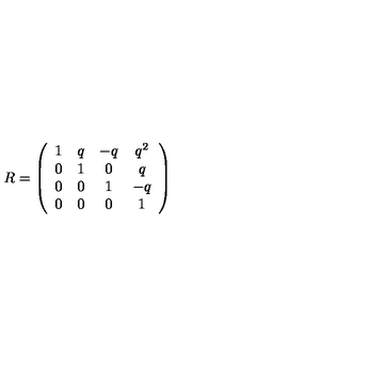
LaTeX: R = \left( \begin{array} { c c c c } { 1 } & { q } & { - q } & { q ^ { 2 } } \\ { 0 } & { 1 } & { 0 } & { q } \\ { 0 } & { 0 } & { 1 } & { - q } \\ { 0 } & { 0 } & { 0 } & { 1 } \\ \end{array} \right)